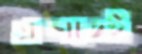
প্রভাতেই